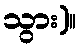
သွား)။